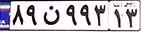
۸۹ن۹۹۳۱۳